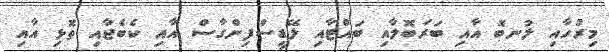
މިރުހާއި ލުނބޮ އާއި ބަރަބޮލާއި ބައްޓާއި ލޭޑީސްފިންގާސް އާއި ކެބެޖާއި ތޮޅި އާއި